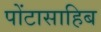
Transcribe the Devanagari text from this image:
पोंटासाहिब